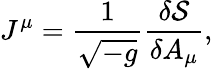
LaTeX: J^{\mu}=\frac{1}{\sqrt{-g}}\frac{\delta{\cal S}}{\delta A_{\mu}},